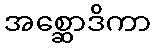
အစ္ဆောဒိကာ